Civil Veterinary Dept. Assam report 1927-50 - 1927-1950
Year: 1927
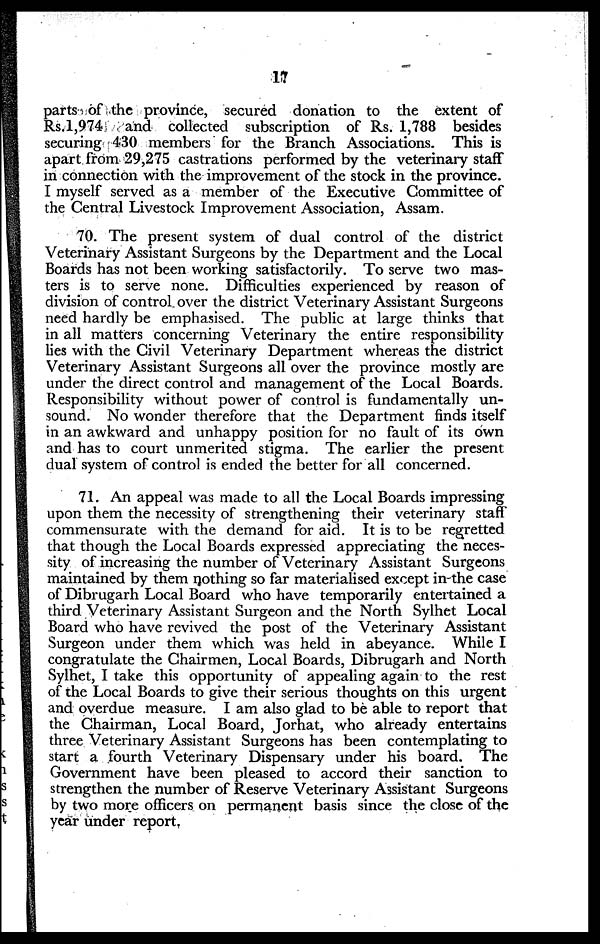
17
parts of the province, secured donation to the extent of
Rs. 1,974
and collected subscription of Rs. 1,788 besides
securing 430 members for the Branch Associations. This is
apart from 29,275 castrations performed by the veterinary staff
in connection with the improvement of the stock in the province.
I myself served as a member of the Executive Committee of
the Central Livestock Improvement Association, Assam.
70. The present system of dual control of the district
Veterinary Assistant Surgeons by the Department and the Local
Boards has not been working satisfactorily. To serve two mas-
ters is to serve none. Difficulties experienced by reason of
division of control over the district Veterinary Assistant Surgeons
need hardly be emphasised. The public at large thinks that
in all matters concerning Veterinary the entire responsibility
lies with the Civil Veterinary Department whereas the district
Veterinary Assistant Surgeons all over the province mostly are
under the direct control and management of the Local Boards.
Responsibility without power of control is fundamentally un-
sound. No wonder therefore that the Department finds itself
in an awkward and unhappy position for no fault of its own
and has to court unmerited stigma. The earlier the present
dual system of control is ended the better for all concerned.
71. An appeal was made to all the Local Boards impressing
upon them the necessity of strengthening their veterinary staff
commensurate with the demand for aid. It is to be regretted
that though the Local Boards expressed appreciating the neces-
sity of increasing the number of Veterinary Assistant Surgeons
maintained by them nothing so far materialised except in the case
of Dibrugarh Local Board who have temporarily entertained a
third Veterinary Assistant Surgeon and the North Sylhet Local
Board who have revived the post of the Veterinary Assistant
Surgeon under them which was held in abeyance. While I
congratulate the Chairmen, Local Boards, Dibrugarh and North
Sylhet, I take this opportunity of appealing again to the rest
of the Local Boards to give their serious thoughts on this urgent
and overdue measure. I am also glad to be able to report that
the Chairman, Local Board, Jorhat, who already entertains
three Veterinary Assistant Surgeons has been contemplating to
start a fourth Veterinary Dispensary under his board. The
Government have been pleased to accord their sanction to
strengthen the number of Reserve Veterinary Assistant Surgeons
by two more officers on permanent basis since the close of the
year under report.